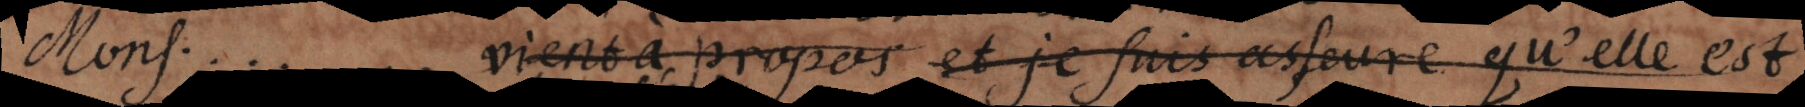
Mons.... vient à propos et je suis asseuré qu’elle est